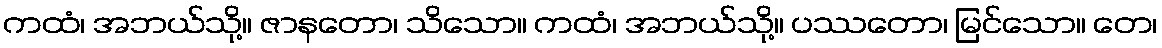
ကထံ၊ အဘယ်သို့။ ဇာနတော၊ သိသော။ ကထံ၊ အဘယ်သို့။ ပဿတော၊ မြင်သော။ တေ၊